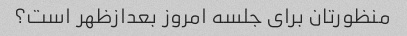
منظورتان برای جلسه امروز بعدازظهر است؟